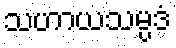
သဟာယသမ္ပဒံ